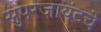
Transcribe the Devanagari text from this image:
सुपरजायंटचे